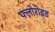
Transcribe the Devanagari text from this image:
फ्लोरोइड